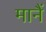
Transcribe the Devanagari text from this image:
मानैं